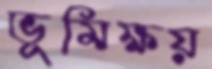
ভূমিক্ষয়